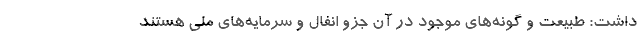
داشت: طبیعت و گونه‌های موجود در آن جزو انفال و سرمایه‌های ملی هستند